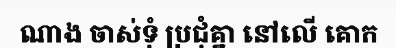
ណាង ចាស់ទុំ ប្រជុំគ្នា នៅលើ គោក